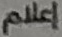
إعلام